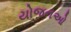
યોજનઓ